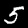
Digit: 5